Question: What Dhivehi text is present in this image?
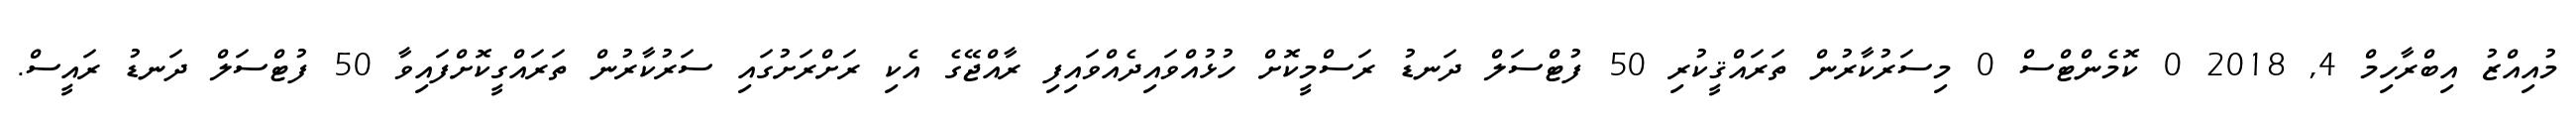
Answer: މުއިއްޒު އިބްރާހިމް 4, 2018 0 ކޮމެންޓްސް 0 މިސަރުކާރުން ތަރައްޤީކުރި 50 ފުޓްސަލް ދަނޑު ރަސްމީކޮށް ހުޅުއްވައިދެއްވައިފި ރާއްޖޭގެ އެކި ރަށްރަށުގައި ސަރުކާރުން ތަރައްގީކޮށްފައިވާ 50 ފުޓްސަލް ދަނޑު ރައީސް.